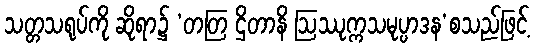
သတ္တသရုပ်ကို ဆိုရာ၌ ‘တတြ ဌိတာနိ ဩဿုက္ကသမုပ္ပာဒန’စသည်ဖြင့်